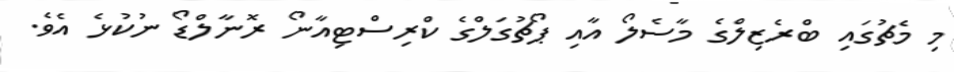
މި މެޗުގައި ބްރެޒިލްގެ މާސެލޯ އާއި ޕޯޗުގަލްގެ ކްރިސްޓިއާނޯ ރޮނާލްޑޯ ނުކުޅެ އެވެ.